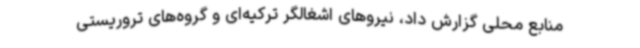
منابع محلی گزارش داد، نیروهای اشغالگر ترکیه‌ای و گروه‌های تروریستی